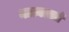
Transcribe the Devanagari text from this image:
नात्यातले